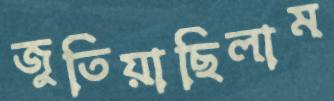
জুতিয়াছিলাম